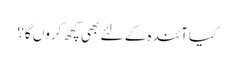
کیا آئندہ کے لئے بھی کچھ کروں گا؟